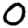
Digit: 0